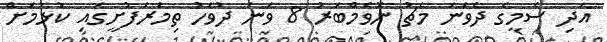
އަދި ސެމީގެ ދެވަނަ މެޗު ނޮވެމްބަރު 8 ވަނަ ދުވަހު ތިމަރަފުށީގައި ކުޅުމަށް